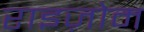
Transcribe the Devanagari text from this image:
राइज़ोम